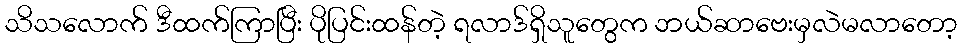
သိသလောက် ဒီထက်ကြာပြီး ပိုပြင်းထန်တဲ့ ရလာဒ်ရှိသူတွေက ဘယ်ဆာဗေးမှလဲမလာတော့